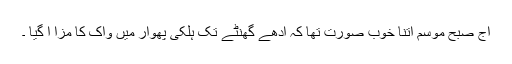
آج صبح موسم اتنا خوب صورت تھا کہ آدھے گھنٹے تک ہلکی پھوار میں واک کا مزا آ گیا ۔